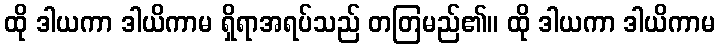
ထို ဒါယကာ ဒါယိကာမ ရှိရာအရပ်သည် တတြမည်၏။ ထို ဒါယကာ ဒါယိကာမ